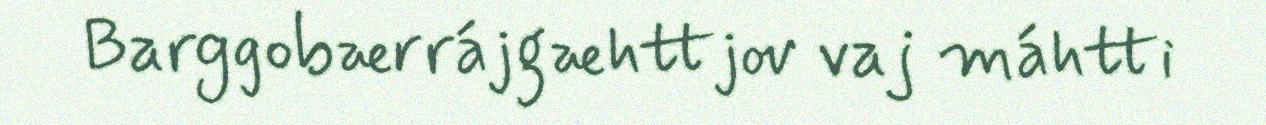
Barggobærrájgæhttjov vaj máhtti